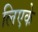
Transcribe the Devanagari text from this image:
लिएके